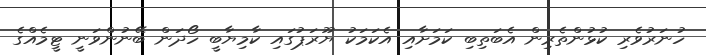
ހުނަރުވެރި ކުޅުންތެރިން އެބަތިބި ކަމަށާއި އެކަމަކު ޔޫރަޕުގައި ކާމިޔާބީ ހޯދަން ބޭނުންވަނީ ޓީމެއްގެ